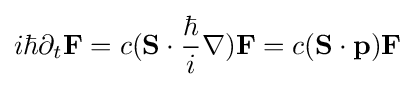
i\hbar \partial _{t}{\mathbf {F} }=c(\mathbf {S} \cdot {\hbar  \over i}\nabla )\mathbf {F} =c(\mathbf {S} \cdot \mathbf {p} )\mathbf {F}